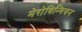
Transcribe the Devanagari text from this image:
मेरोविन्गियन